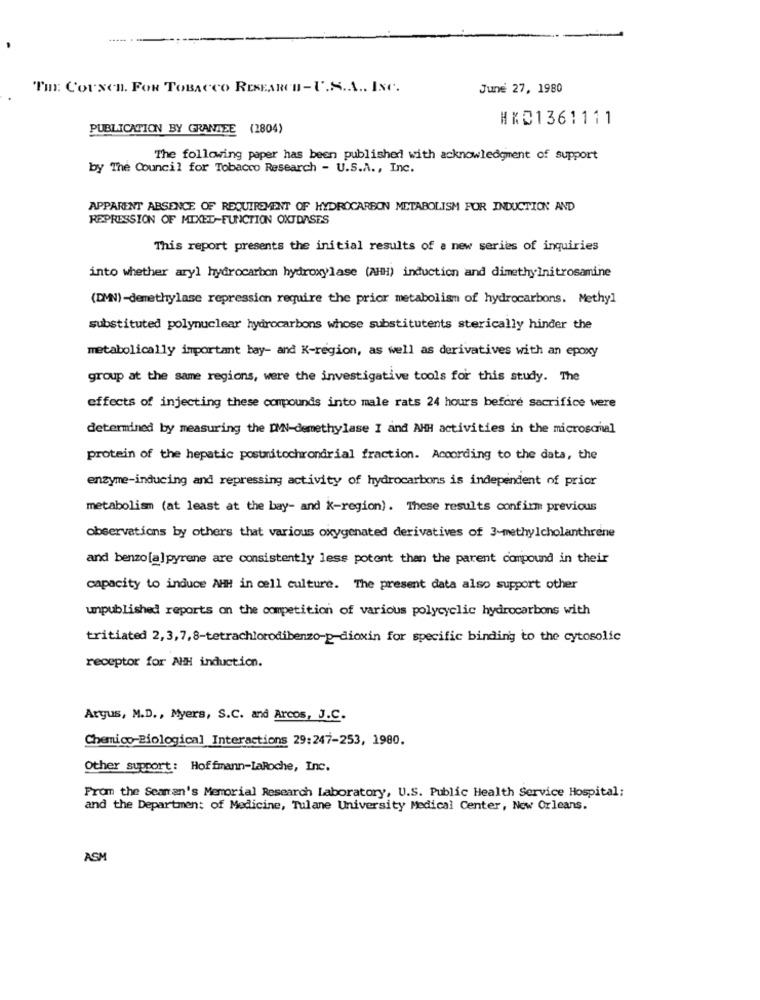
TH: Corxen. FOR TOBACCO RESEARCH-U.S.A ., INC.
June 27, 1980
HKD1361111
PUBLICATION BY GRANTEE (2804)
The following paper has been published with acknowledgment of support
by The Council for Tobacco Research - U.S.A ., Inc.
APPARENT ABSENCE OF REQUIREMENT OF HYDROCARBON METABOLISM FOR INDUCTION AND
REPRESSION OF MIXED-FUNCTION OXTDASES
This report presents the initial results of a new series of inquiries
into whether aryl hydrocarbon hydroxylase (AHH) induction and dimethylnitrosamine
(DMN)-demethylase repression require the prior metabolism of hydrocarbons. Methyl
substituted polynuclear hydrocarbons whose substitutents sterically hinder the
metabolically important bay- and K-region, as well as derivatives with an epoxy
group at the same regions, were the investigative tools for this study. The
effects of injecting these compounds into male rats 24 hours before sacrifice were
determined by measuring the DVN-demethylase I and AHH activities in the microsomal
protein of the hepatic postitochrondrial fraction. According to the data, the
enzyme-inducing and repressing activity of hydrocarbons is independent of prior
metabolism (at least at the bay- and K-region). These results confirm previous
observations by others that various oxygenated derivatives of 3-methylcholanthrene
and benzo [a] pyrene are consistently less potent than the parent compound in their
capacity to induce AHH in cell culture. The present data also support other
unpublished reports on the competition of various polycyclic hydrocarbons with
tritiated 2, 3,7,8-tetrachlorodibenzo-p-dioxin for specific binding to the cytosolic
receptor for AHH induction.
Argus, M.D ., Myers, S.C. and Arcos, J.C.
Chemico-Biological Interactions 29:247-253, 1980.
Other support : Hoffmann-LaRoche, Inc.
From the Seaman's Memorial Research Laboratory, U.S. Public Health Service Hospital:
and the Department of Medicine, Tulane University Medical Center, New Orleans.
ASM